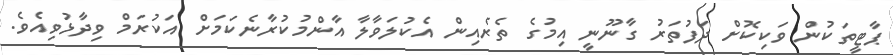
ޕާޓީތަކުން ވަކިކޮށް ދަފުތަރު ގާނޫނީ އިމުގެ ތެރެއިން އެކުލަވާލާ އާންމުކުރާނެކަމަށް އަކުރަމް ވިދާޅުވިއެވެ.